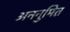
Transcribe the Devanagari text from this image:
अननुमित